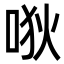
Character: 唙